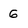
Character: g